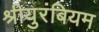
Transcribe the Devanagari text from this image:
श्रीयुरंबियम